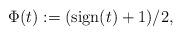
LaTeX: \begin{align*} \Phi(t):=(\operatorname{sign}(t)+1)/2,\end{align*}